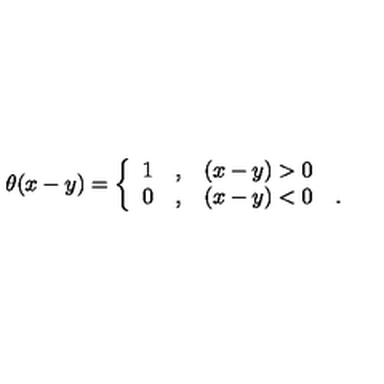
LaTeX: \theta ( x - y ) = \left\{ \begin{array} { c c l } { 1 } & { , } & { ( x - y ) > 0 } \\ { 0 } & { , } & { ( x - y ) < 0 \quad . } \\ \end{array} \right.